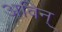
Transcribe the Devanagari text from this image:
अविन्